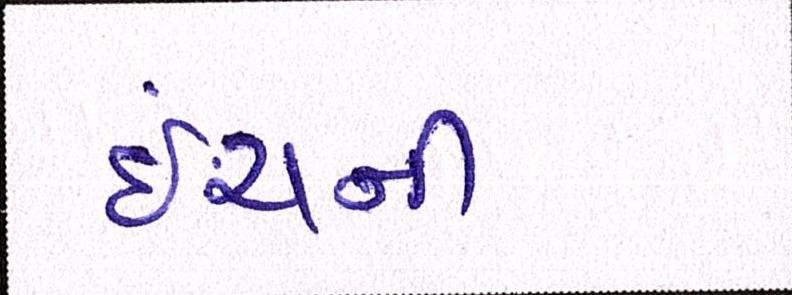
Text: ઇંચની